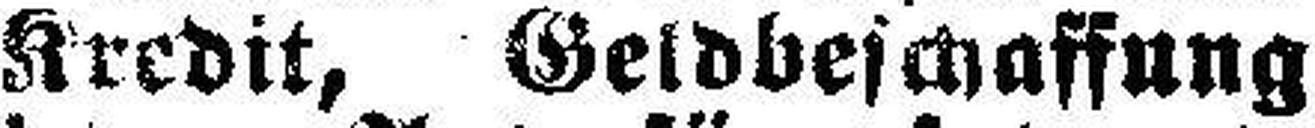
Kredit, Geldbeschaffung